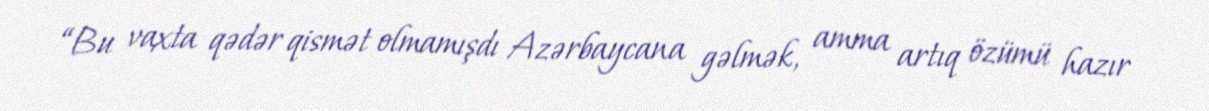
“Bu vaxta qədər qismət olmamışdı Azərbaycana gəlmək, amma artıq özümü hazır